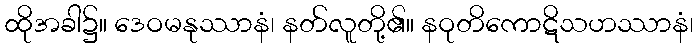
ထိုအခါ၌။ ဒေဝမနုဿာနံ၊ နတ်လူတို့၏။ နဝုတိကောဋိသဟဿာနံ၊